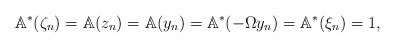
LaTeX: \begin{align*}\mathbb{A}^*(\zeta_n) =\mathbb{A}(z_n) = \mathbb{A}(y_n) = \mathbb{A}^*(-\Omega y_n) = \mathbb{A}^*(\xi_n) = 1,\end{align*}